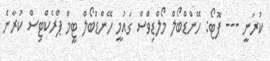
ކުރަނީ --- ފޮޓޯ: ހޭންޑްބޯލް މޯލްޑިވްސް ގައުމީ ހޭންޑްބޯލް ޓީމް ޕްރެކްޓިސް ކުރާނެ